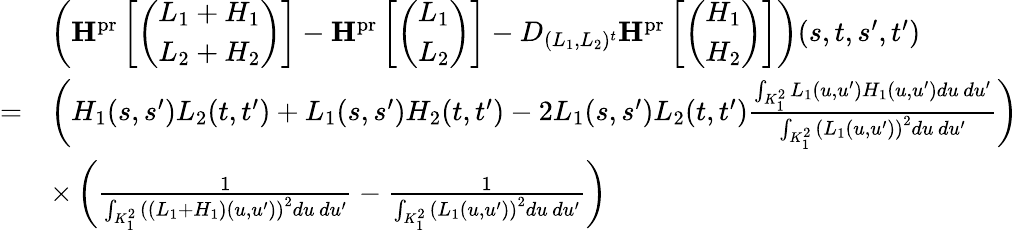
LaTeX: \begin{array}{rl}&{\left(\mathbf{H}^{\mathrm{pr}}\left[\left(\begin{array}{c}{L_{1}+H_{1}}\\ {L_{2}+H_{2}}\end{array}\right)\right]-\mathbf{H}^{\mathrm{pr}}\left[\left(\begin{array}{c}{L_{1}}\\ {L_{2}}\end{array}\right)\right]-D_{(L_{1},L_{2})^{t}}\mathbf{H}^{\mathrm{pr}}\left[\left(\begin{array}{c}{H_{1}}\\ {H_{2}}\end{array}\right)\right]\right)(s,t,s^{\prime},t^{\prime})}\\ {=}&{\left(H_{1}(s,s^{\prime})L_{2}(t,t^{\prime})+L_{1}(s,s^{\prime})H_{2}(t,t^{\prime})-2L_{1}(s,s^{\prime})L_{2}(t,t^{\prime})\frac{\int_{K_{1}^{2}}L_{1}(u,u^{\prime})H_{1}(u,u^{\prime})du\, du^{\prime}}{\int_{K_{1}^{2}}\left(L_{1}(u,u^{\prime})\right)^{2}du\, du^{\prime}}\right)}\\ &{\times\left(\frac{1}{\int_{K_{1}^{2}}\left((L_{1}+H_{1})(u,u^{\prime})\right)^{2}du\, du^{\prime}}-\frac{1}{\int_{K_{1}^{2}}\left(L_{1}(u,u^{\prime})\right)^{2}du\, du^{\prime}}\right)}\end{array}